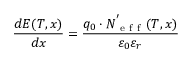
\frac { d E ( T , x ) } { d x } = \frac { q _ { 0 } \cdot N _ { \mathrm { ~ e ~ f ~ f ~ } } ^ { ' } ( T , x ) } { \varepsilon _ { 0 } \varepsilon _ { r } }